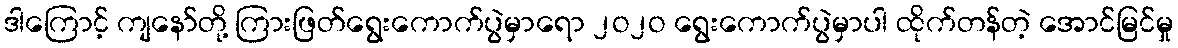
ဒါကြောင့် ကျနော်တို့ ကြားဖြတ်ရွေးကောက်ပွဲမှာရော ၂ဝ၂ဝ ရွေးကောက်ပွဲမှာပါ ထိုက်တန်တဲ့ အောင်မြင်မှု